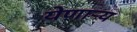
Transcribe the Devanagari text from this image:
येणार्‍य